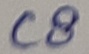
Text: C8